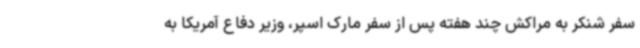
سفر شنکر به مراکش چند هفته پس از سفر مارک اسپر، وزیر دفاع آمریکا به